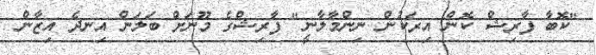
"ކޮބާ ފާރިޝް ކޮން އިރަކުން ނިންމާލާނީ" ފާރިޝްގެ މޫނަށް ބަލަން އިނދެ އިޒާން